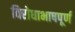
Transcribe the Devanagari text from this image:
विरोधाभाषपूर्ण